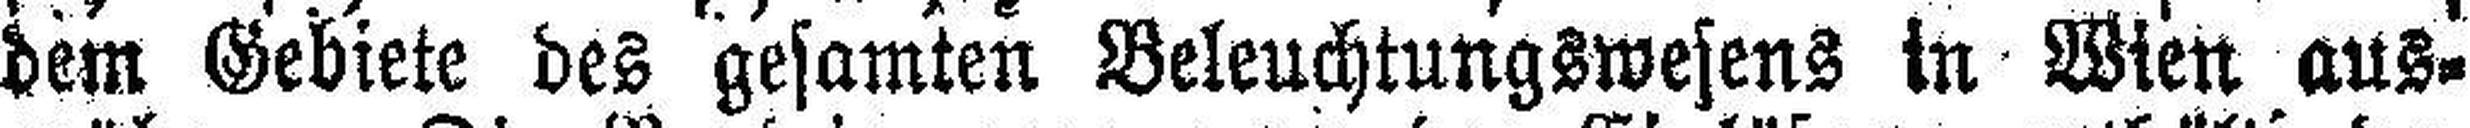
dem Gebiete des gesamten Beleuchtungswesens in Wien aus¬